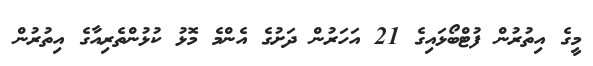
މީގެ އިތުރުން ފުޓްބޯޅައިގެ 21 އަހަރުން ދަށުގެ އެންމެ މޮޅު ކުޅުންތެރިއާގެ އިތުރުން